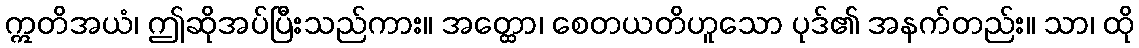
ဣတိအယံ၊ ဤဆိုအပ်ပြီးသည်ကား။ အတ္ထော၊ စေတယတိဟူသော ပုဒ်၏ အနက်တည်း။ သာ၊ ထို